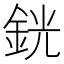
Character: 銧